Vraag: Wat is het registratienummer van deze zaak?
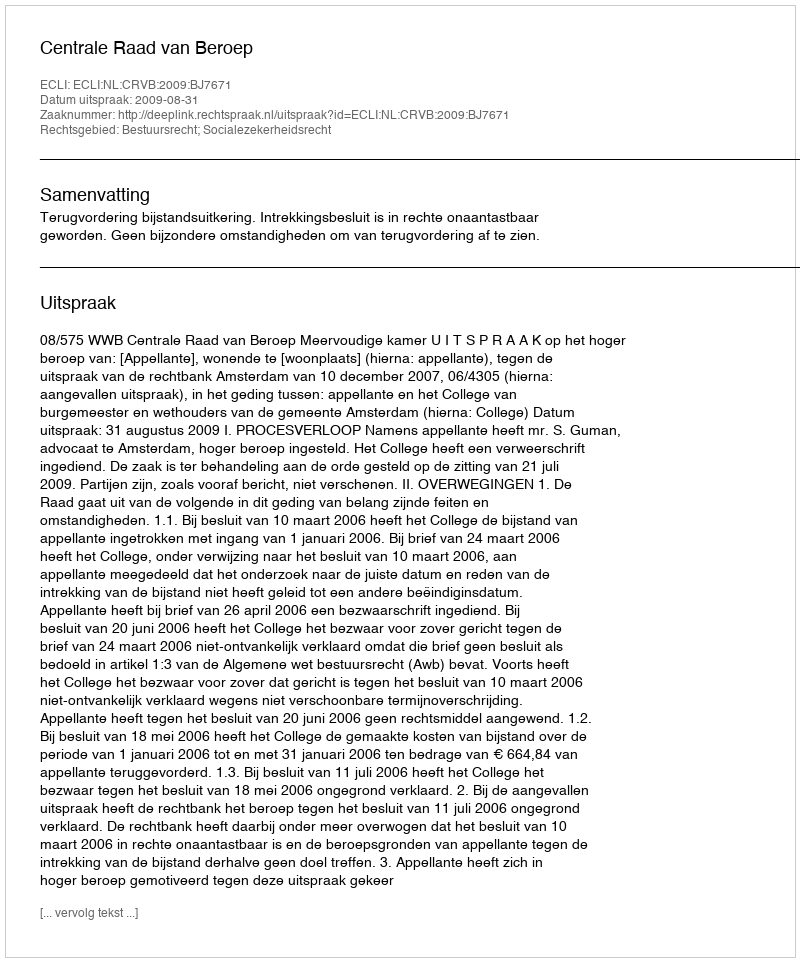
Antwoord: http://deeplink.rechtspraak.nl/uitspraak?id=ECLI:NL:CRVB:2009:BJ7671